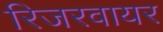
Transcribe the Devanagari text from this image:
रिजरवायर